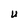
Character: U